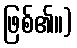
ဖြစ်၏။)